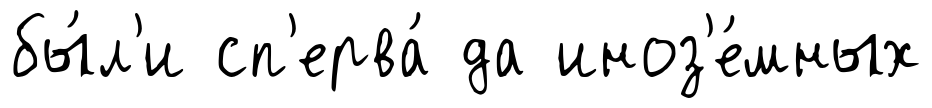
бы́л'и сп'ерва́ да иноз'е́мных